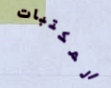
المكتبات